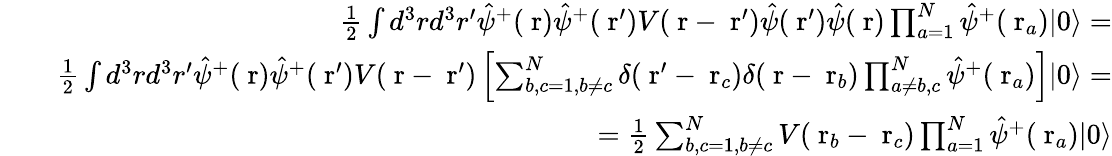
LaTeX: \begin{array}{rlr}&{}&{\frac{1}{2}\int d^{3}rd^{3}r^{\prime}\hat{\psi}^{+}(\mathrm{\mathbf~r})\hat{\psi}^{+}(\mathrm{\mathbf~r}^{\prime})V(\mathrm{\mathbf~r}-\mathrm{\mathbf~r}^{\prime})\hat{\psi}(\mathrm{\mathbf~r}^{\prime})\hat{\psi}(\mathrm{\mathbf~r})\prod_{a=1}^{N}\hat{\psi}^{+}(\mathrm{\mathbf~r}_{a})|0\rangle=}\\ &{}&{\frac{1}{2}\int d^{3}rd^{3}r^{\prime}\hat{\psi}^{+}(\mathrm{\mathbf~r})\hat{\psi}^{+}(\mathrm{\mathbf~r}^{\prime})V(\mathrm{\mathbf~r}-\mathrm{\mathbf~r}^{\prime})\left[\sum_{b,c=1,b\ne c}^{N}\delta(\mathrm{\mathbf~r}^{\prime}-\mathrm{\mathbf~r}_{c})\delta(\mathrm{\mathbf~r}-\mathrm{\mathbf~r}_{b})\prod_{a\ne b,c}^{N}\hat{\psi}^{+}(\mathrm{\mathbf~r}_{a})\right]|0\rangle=}\\ &{}&{\; \; \; \; \; \; \; \; \; \; \; \; \; \; \; \; \; \; \; =\frac{1}{2}\sum_{b,c=1,b\ne c}^{N}V(\mathrm{\mathbf~r}_{b}-\mathrm{\mathbf~r}_{c})\prod_{a=1}^{N}\hat{\psi}^{+}(\mathrm{\mathbf~r}_{a})|0\rangle}\end{array}